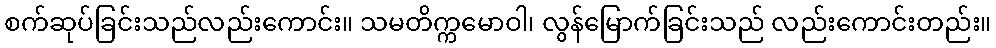
စက်ဆုပ်ခြင်းသည်လည်းကောင်း။ သမတိက္ကမောဝါ၊ လွန်မြောက်ခြင်းသည် လည်းကောင်းတည်း။